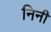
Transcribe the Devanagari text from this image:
निनी